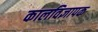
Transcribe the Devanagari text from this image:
कालविज्ञापक